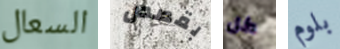
السعال بقصص كل بلوم